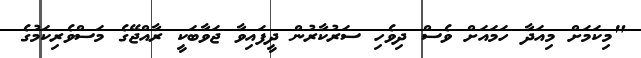
"މިކަމަށް މިއަދާ ހަމައަށް ވެސް ދިވެހި ސަރުކާރުން ދީފައިވާ ޖަވާބަކީ ރާއްޖޭގެ މަސްވެރިކަމުގެ